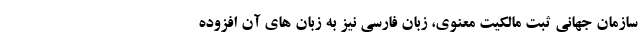
سازمان جهانی ثبت مالکیت معنوی، زبان فارسی نیز به زبان های آن افزوده